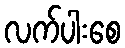
လက်ပါးစေ